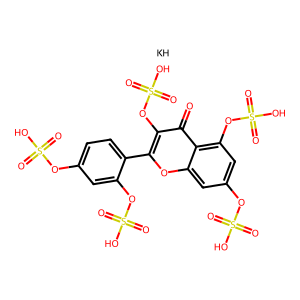
SMILES: O=c1c(OS(=O)(=O)O)c(-c2ccc(OS(=O)(=O)O)cc2OS(=O)(=O)O)oc2cc(OS(=O)(=O)O)cc(OS(=O)(=O)O)c12.[KH]
Inhibits HIV replication: No